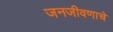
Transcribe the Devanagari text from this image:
जनजीवणाचे